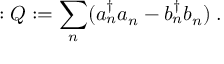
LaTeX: : Q : = \sum _ { n } ( a _ { n } ^ { \dagger } a _ { n } - b _ { n } ^ { \dagger } b _ { n } ) \; .